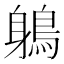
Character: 鵢